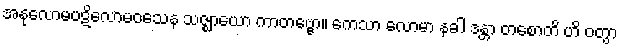
အနုလောမပဋိလောမဝသေန သဇ္ဈာယော ကာတဗ္ဗော။ ကေသာ လောမာ နခါ ဒန္တာ တစောတိ ဟိ ဝတွာ